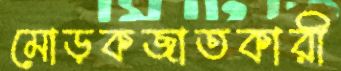
মোড়কজাতকারী